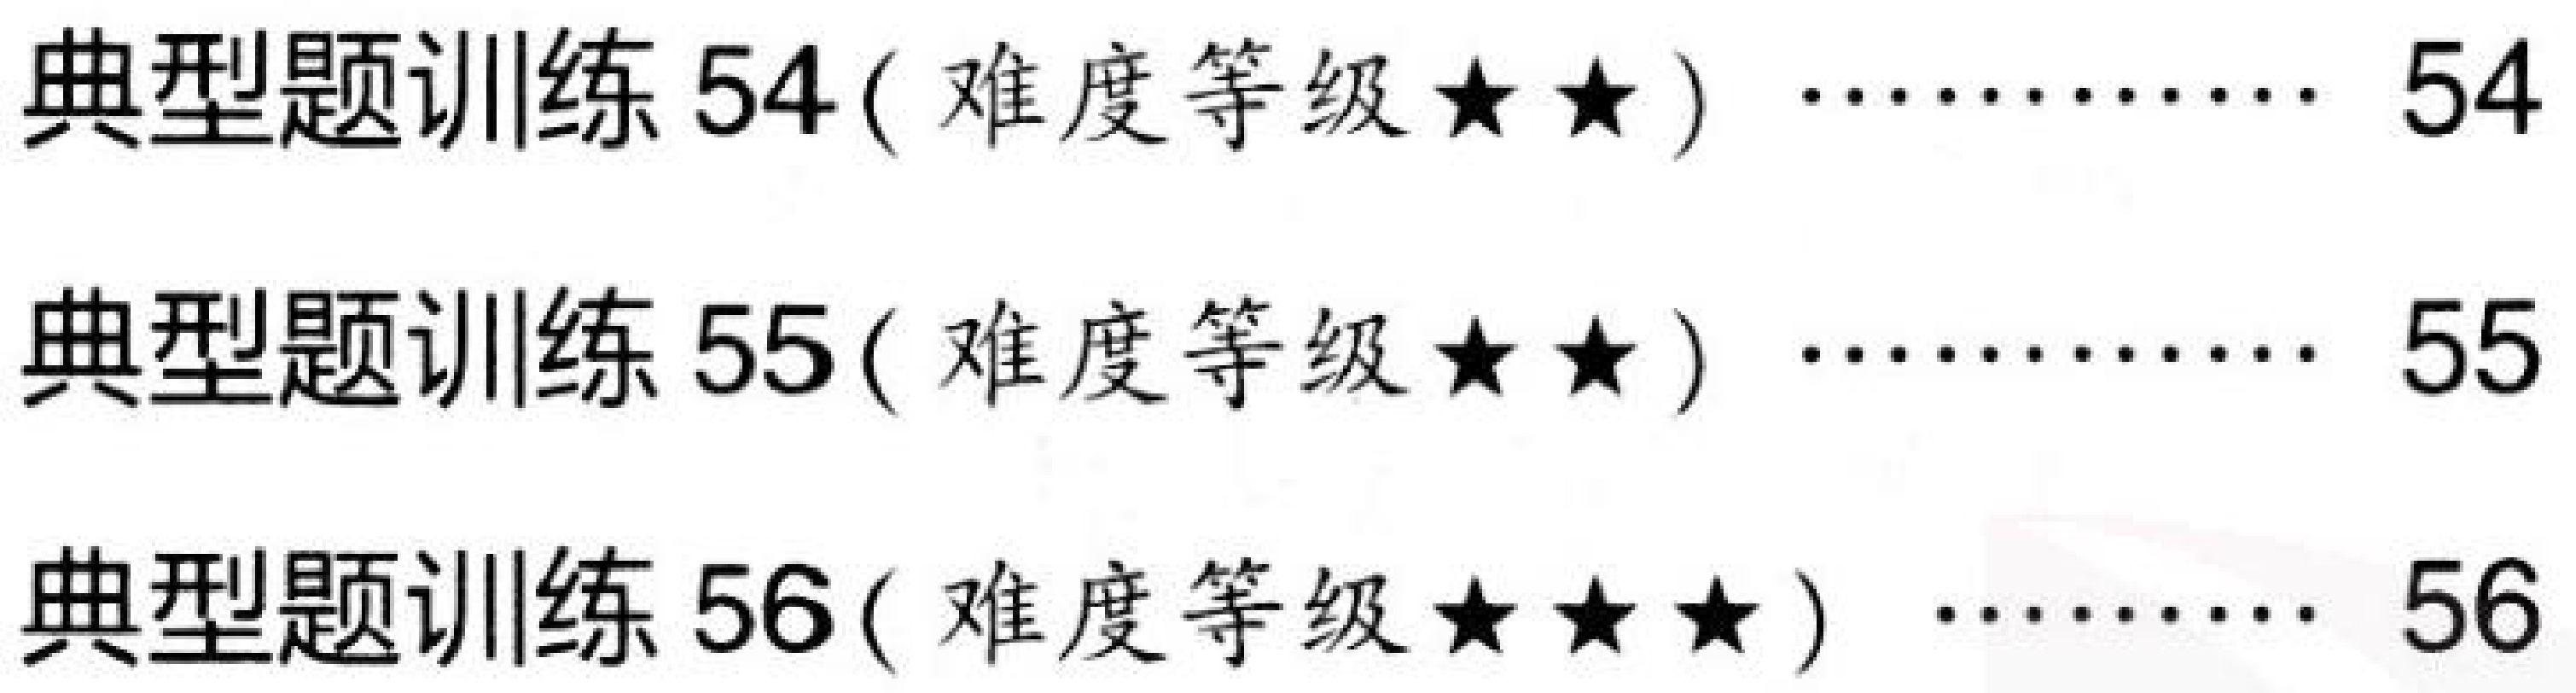
典型题训练 \(54\) ( 难度等级 \(\star\star\) ) \(\cdots\cdots\cdots\cdots\) \(54\)
典型题训练 \(55\) ( 难度等级 \(\star\star\) ) \(\cdots\cdots\cdots\cdots\) \(55\)
典型题训练 \(56\) ( 难度等级 \(\star\star\star\) ) \(\cdots\cdots\cdots\) \(56\)